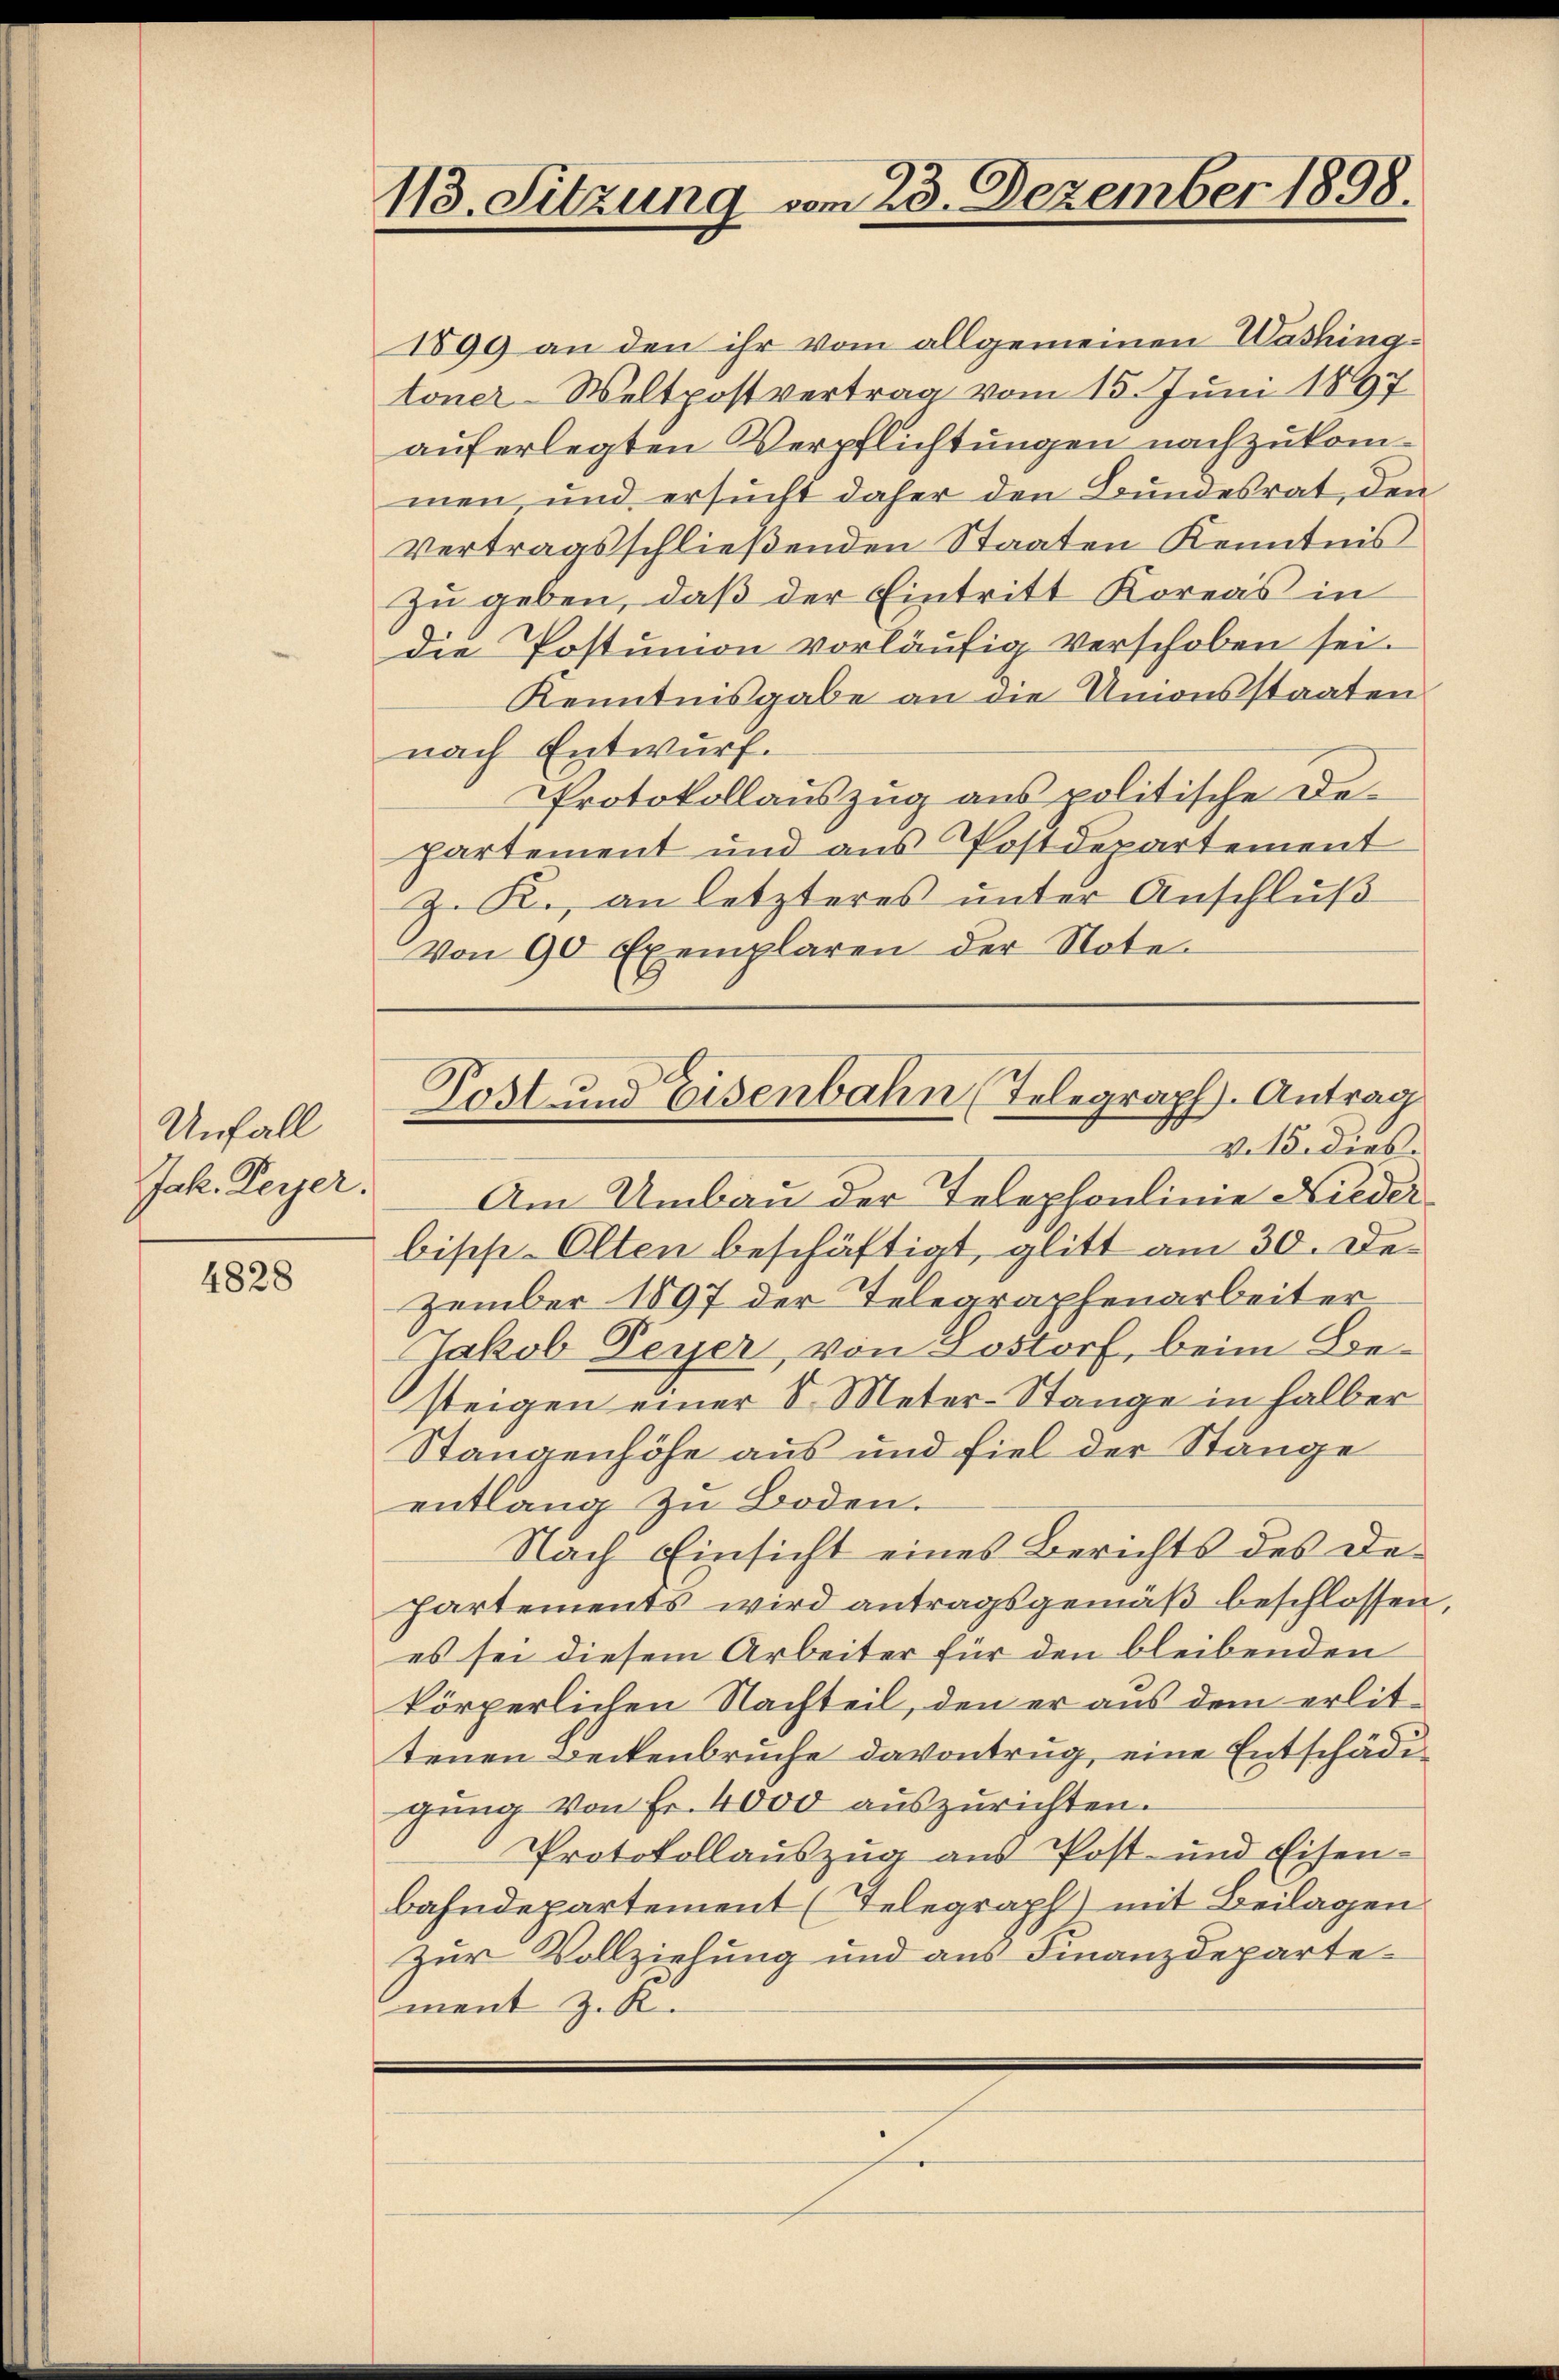
Unfall
Jak. Peyer.

4828

113. Sitzung vom 23. Dezember 1898.

1899 an den ihr vom allgemeinen Washingtoner-Weltpostvertrag vom 15. Juni 1897
auferlegten Verpflichtungen nachzukommen, und ersucht daher den Bundesrat, den
vertragsschließenden Staaten Kenntnis
zu geben, daß der Eintritt Koreas in
die Postumon vorläufig verschoben sei.
Kenntnisgabe an die Unionsstaaten
nach Entwurf.
Protokollauszug aus politische Departement und aus Postdepartement
z. R., an letzteres unter Anschluß
Von 90 Exemplaren der Note

Am Umbau der Telephonlinie Niederbische-Olten beschäftigt, glitt am 30. Dezember 1897 der Telegraphenarbeiter
Jakob Peyer, von Lostorf, beim Be-
steigen einer 8. Meter-Stange in halber
Stangenhöhe aus und fiel der Stange
entlang zu Boden.
Nach Einsicht eines Berichts des De¬
Partements wird antragsgemäß beschlossen,
es sei diesem Arbeiter für den bleibenden
körperlichen Nachteil, den er aus dem erlittenen Beckenbruche davontrug, eine Entschädi
gŭng von Fr. 4000 aŭszŭrichten.
Protokollauszug aus Post- und Eisenbahndepartement (Telegraph) mit Beilagen
Zur Vollziehung und aus Finanzdepartement z. K.

Post- und Eisenbahn (Telegraph Antrag
v. 15. dies